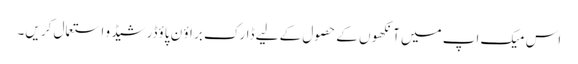
اس میک اپ میں آنکھو ں کے حصو ل کے لیے ڈارک بر اؤ ن پاؤڈر شیڈ و استعمال کر یں۔